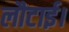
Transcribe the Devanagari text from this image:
लौटाई।